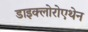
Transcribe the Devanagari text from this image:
डाइक्लोरोएथेन